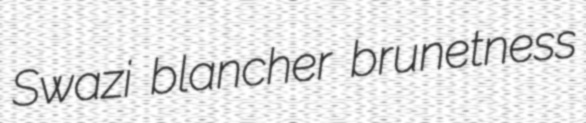
Swazi blancher brunetness